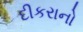
દીકરાનો